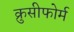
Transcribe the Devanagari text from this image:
क्रुसीफोर्म